Vana-Kasaritsa_(Kasaritsa)_vallavalitsus, lk 20
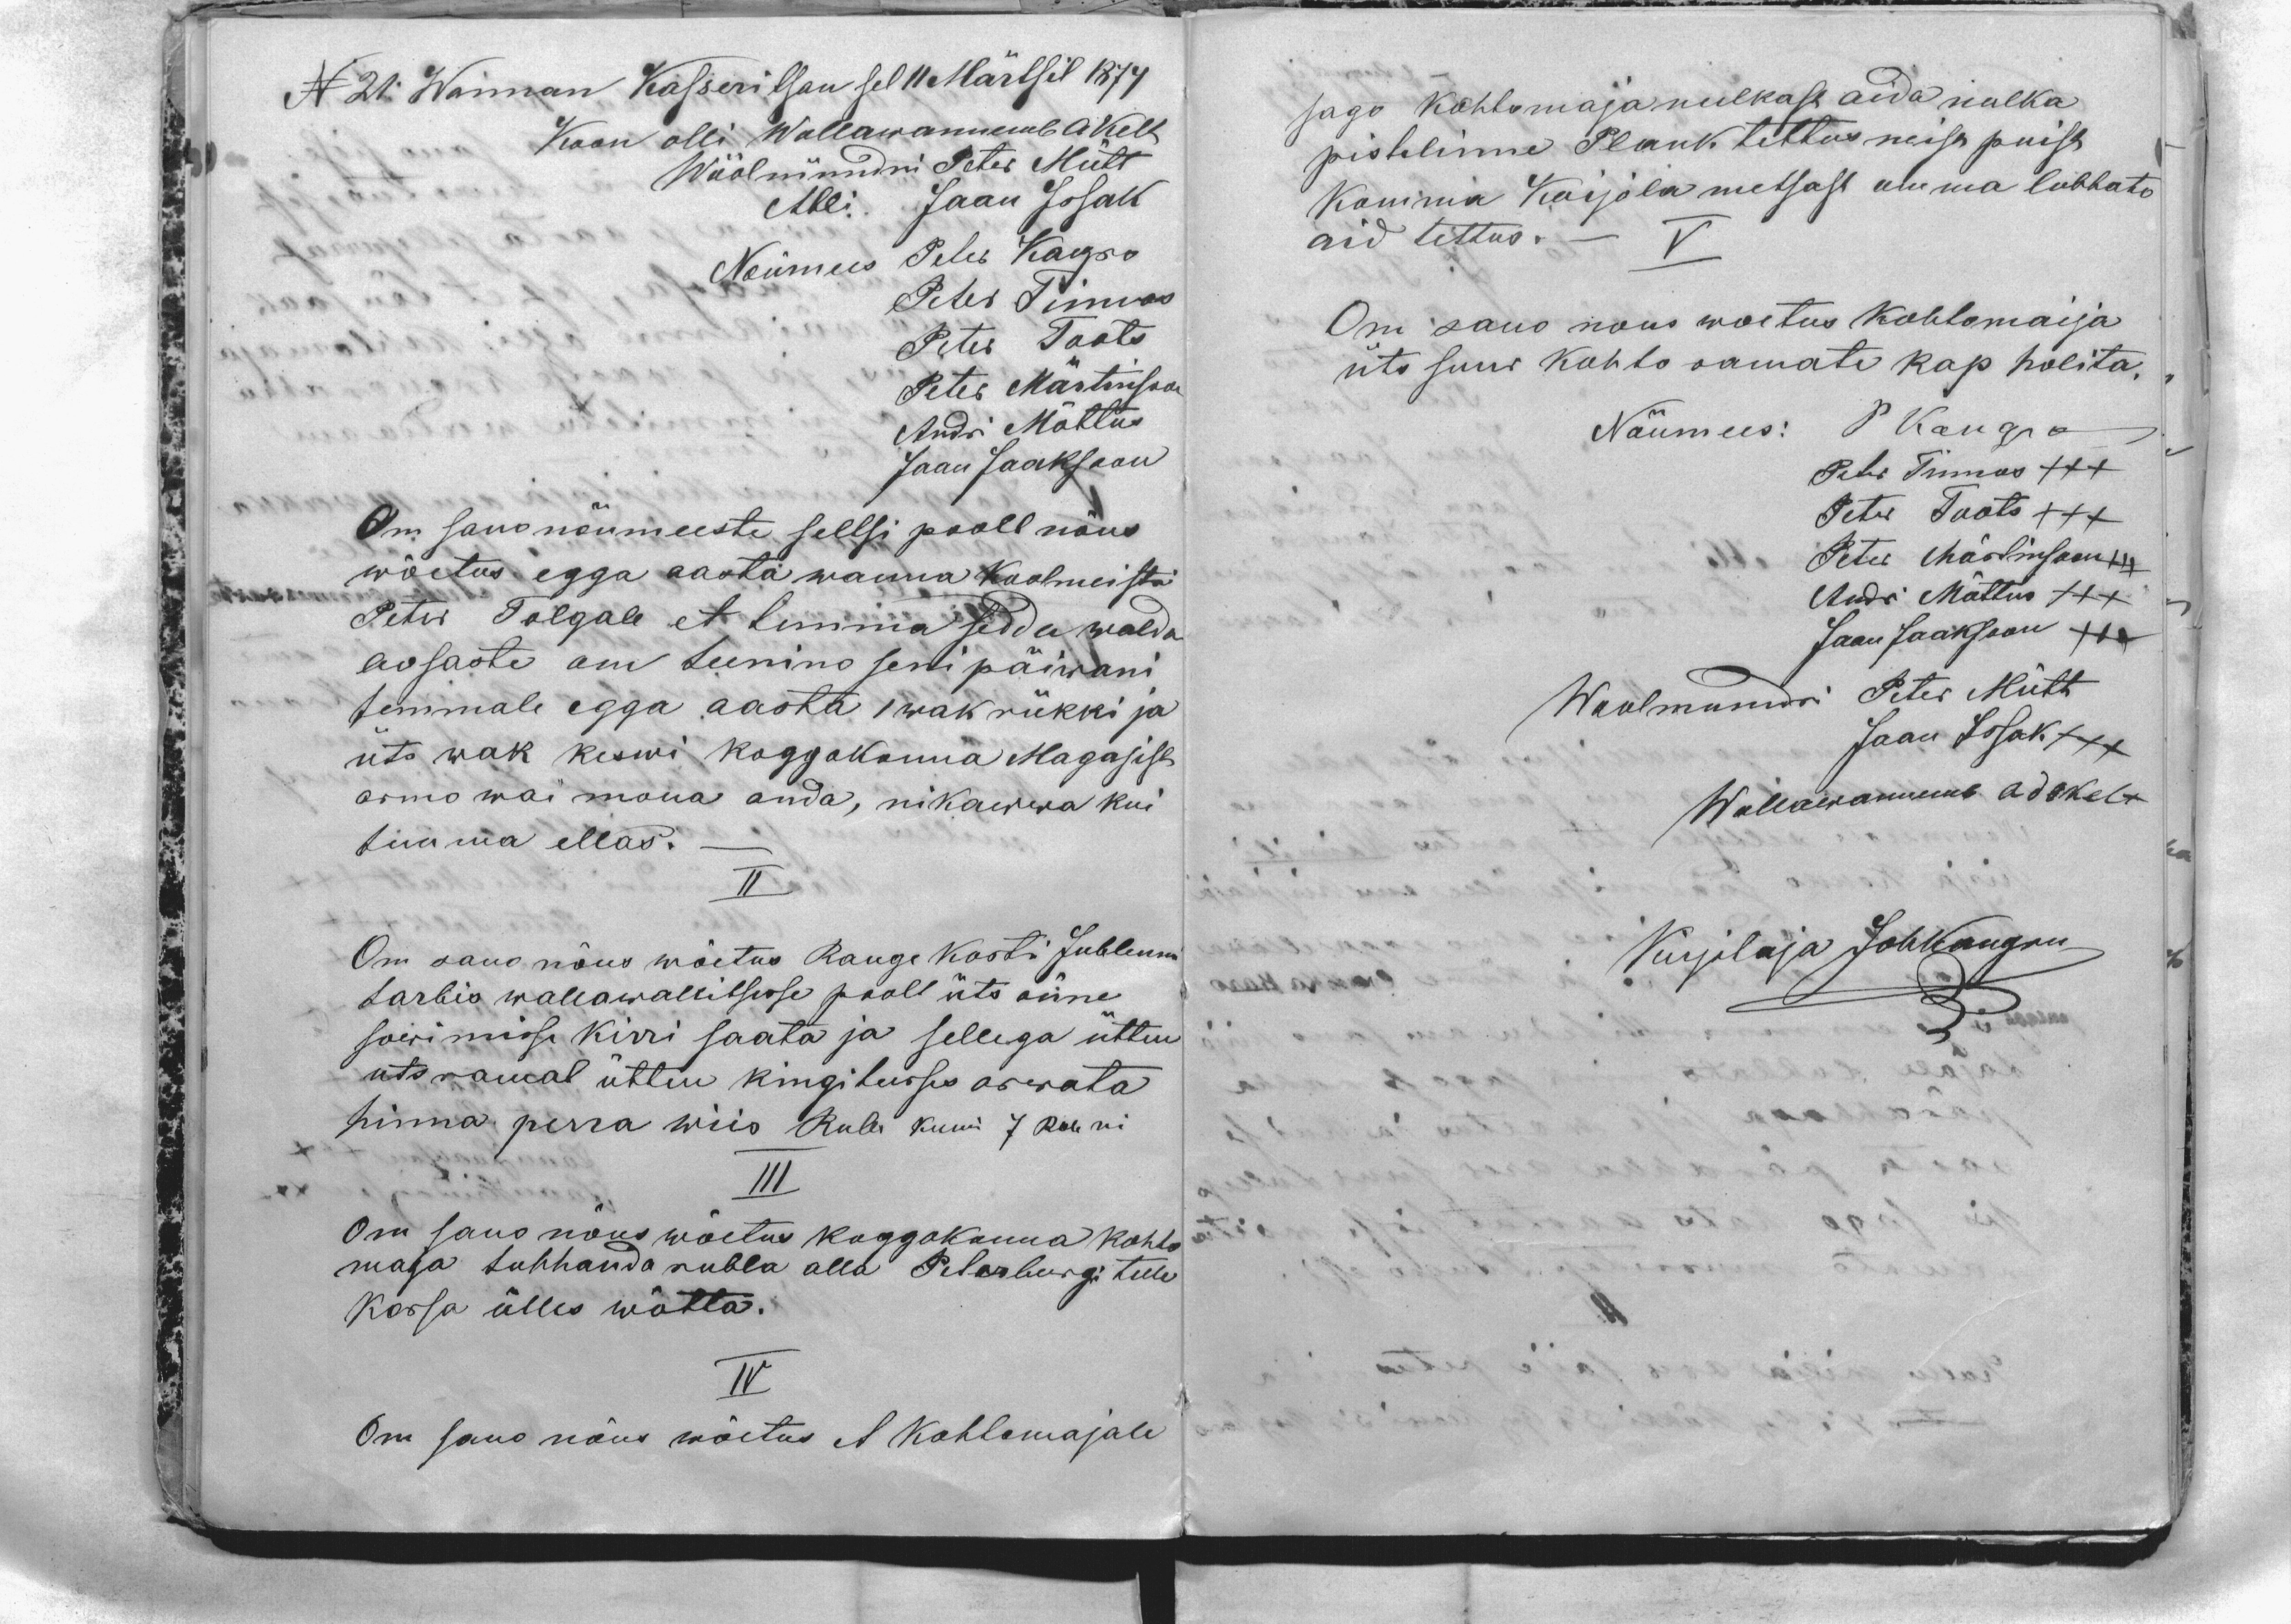
N21 Wannan Kasseritsan sel 11 Märtsil 1874
Koon olli Wallawannemb A Kelt
Wöölmündri Peter Mütt
Abbi Jaan Issak
Nõumees  Peter Kangro
Peter Tinnos
Peter Toots
Peter Märtinsoon
Andri Mõttus
Jaan Jaaksoon
Om sano nõumeeste seltsi poolt nõus
wõetus egga aasta wanna koolmeistri
Peter Tolgale et temma sedda walda
ausaste om teenino seni päiwani
temmale egga aasta 1 wak rükki ja
üts wak keswi koggokonna Magasist
armo wai mona anda, nikawwa kui
temma ellas.
II
On sano nõus wõetus Rauge kosti Jubleumi
tarbis wallawallitsusse poolt üts õnne
sowimisse kirri saata ja sellega ütten
uts ramat ütten kingitusses arwata
hinna perra wiis Rub kunni 7 Rub ni
III
Om sano nõus wõetus koggokonna kohto
maja tuhhanda rubla alla Peterburgi tulu
kassa ülles wõtta.
IV
Om sano nõus wõetus et Kohtomajale

sago kohtomaja nulkast aida nulka
pistelinne Plank tettus neist puist
Komma Koijola metsast omma lubbato
aid tettus.-
V
Om sano nous woetus Kohtomaija
üts suur Kohto ramato kap holita,
Nõumees: P Kangro
Peter Tinnos XXX
Peter Toots XXX
Peter Märtinsoon XXX
Andri Mõttus XXX
Jaan Jaaksoon XXX
Woolmundri Peter Mütt
Jaan Issak XXX
Wallawannemb Ado Kelt
Kirjotaja Johkangru